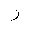
Letter: _zay